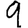
Digit: 9